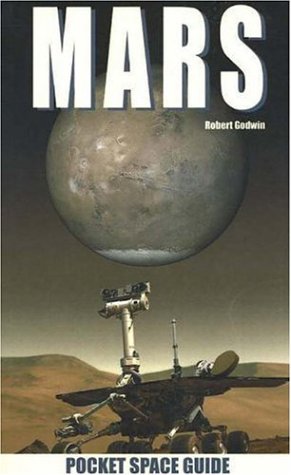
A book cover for Mars (Pocket Space Guides); Science & Math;